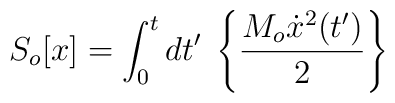
S_o[x] = \int^t_0{dt'} \; \left\{\frac{M_o \dot{x}^2(t')}{2}\right\}